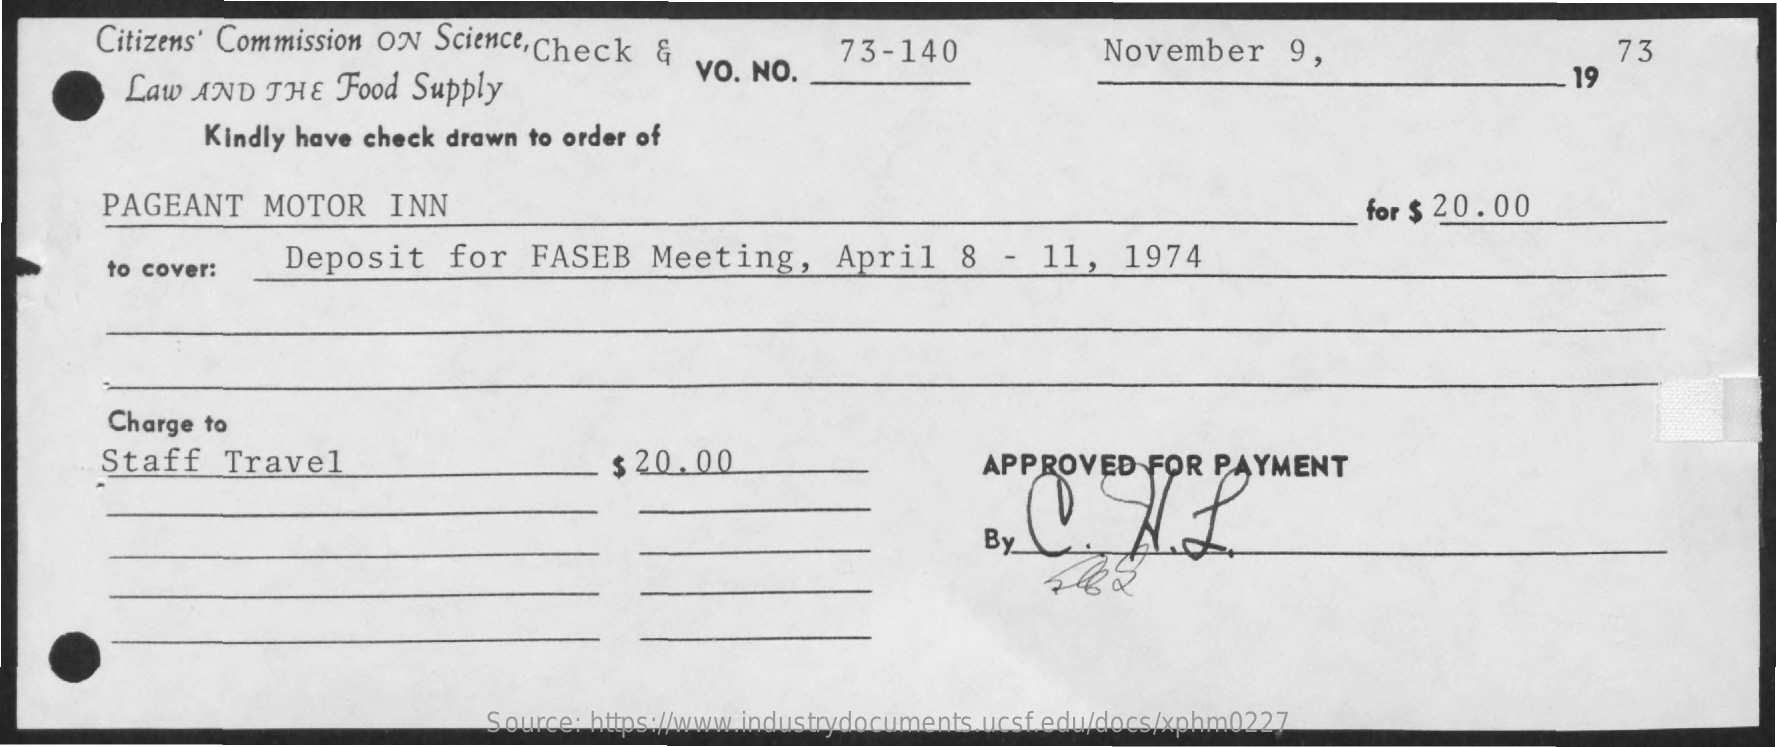
Citizens' Commission ON  Science, Check  &  vo. NO.
     73-140    November    9,    73
     Law AND  THE   Food Supply
     19
     Kindly have check drawn to order of
     PAGEANT    MOTOR    INN    for $ 20.00
     to cover:
     Deposit    for   FASEB    Meeting,    April    8  -  11,   1974
     Charge to
     Staff    Travel    $ 20.00    APPROVED   FOR  PAYMENT
     By
     Source: https://www.industrydocuments.ucsf.edu/docs/xphm0227